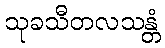
သုခသီတလသန္တံ